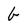
Character: b